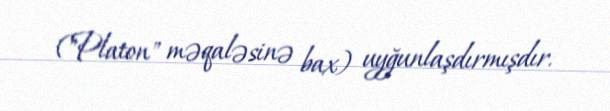
("Platon" məqaləsinə bax) uyğunlaşdırmışdır.